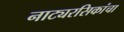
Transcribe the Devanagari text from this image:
नाट्यरसिकांचा